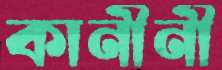
কানীনী